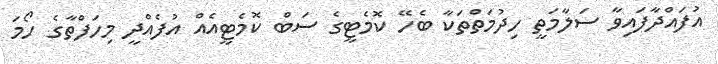
އުފައްދާފައިވާ ސަލާމަތީ ހިދުމަތްތަކާ ބެހޭ ކޮމެޓީގެ ސަބް ކޮމެޓީއެއް އުފެއްދީ މިހަފްތާގެ ހޯމަ